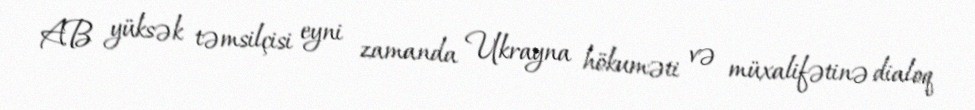
AB yüksək təmsilçisi eyni zamanda Ukrayna hökuməti və müxalifətinə dialoq